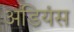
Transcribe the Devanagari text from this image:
अडियंस